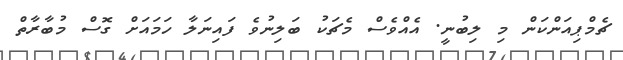
ޗެމްޕިއަންކަން މި ލިބުނީ. އެއްވެސް މެޗަކު ބަލިނުވެ ފައިނަލާ ހަމައަށް ގޮސް މުބާރާތް